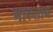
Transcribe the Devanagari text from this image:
मारुताय